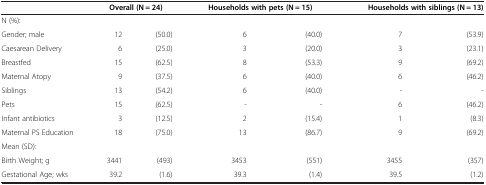
|  | <COLSPAN=2> Overall (N = 24) | <COLSPAN=2> Households with pets (N = 15) | <COLSPAN=2> Households with siblings (N = 13) |
 | --- | --- | --- | --- | --- | --- | --- |
 | N (%): |  |  |  |  |  |  |
 | Gender; male | 12 | (50.0) | 6 | (40.0) | 7 | (53.9) |
 | Caesarean Delivery | 6 | (25.0) | 3 | (20.0) | 3 | (23.1) |
 | Breastfed | 15 | (62.5) | 8 | (53.3) | 9 | (69.2) |
 | Maternal Atopy | 9 | (37.5) | 6 | (40.0) | 6 | (46.2) |
 | Siblings | 13 | (54.2) | 6 | (40.0) | - | - |
 | Pets | 15 | (62.5) | - | - | 6 | (46.2) |
 | Infant antibiotics | 3 | (12.5) | 2 | (15.4) | 1 | (8.3) |
 | Maternal PS Education | 18 | (75.0) | 13 | (86.7) | 9 | (69.2) |
 | Mean (SD): |  |  |  |  |  |  |
 | Birth Weight; g | 3441 | (493) | 3453 | (551) | 3455 | (357) |
 | Gestational Age; wks | 39.2 | (1.6) | 39.3 | (1.4) | 39.5 | (1.2) |